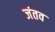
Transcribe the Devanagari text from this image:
जंतव